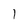
Character: 1